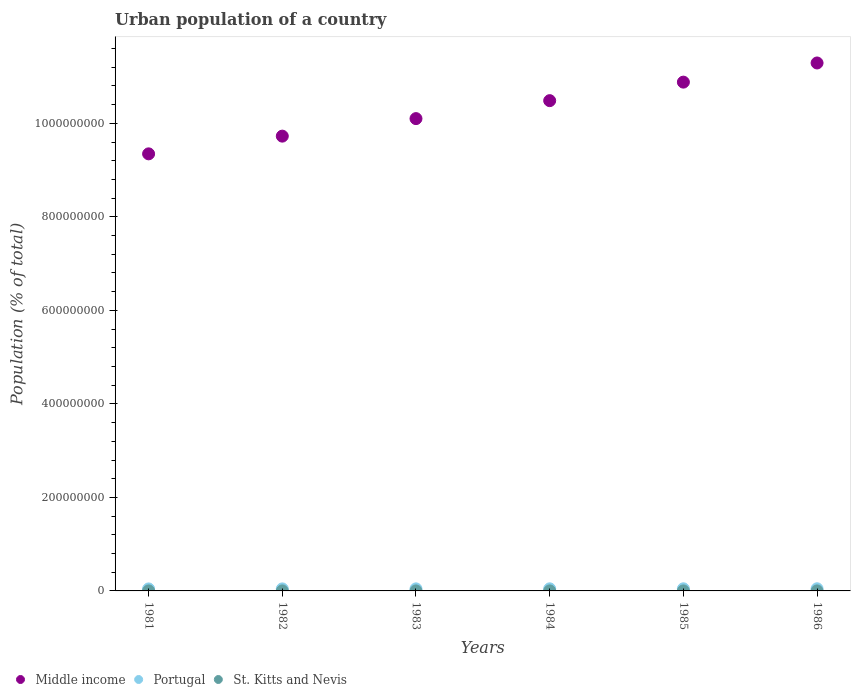
| Years | Middle income | Portugal | St. Kitts and Nevis |
 | --- | --- | --- | --- |
 | 1981 | 9.35e+08 | 4.26e+06 | 1.54e+04 |
 | 1982 | 9.73e+08 | 4.34e+06 | 1.52e+04 |
 | 1983 | 1.01e+09 | 4.41e+06 | 1.51e+04 |
 | 1984 | 1.05e+09 | 4.48e+06 | 1.5e+04 |
 | 1985 | 1.09e+09 | 4.54e+06 | 1.48e+04 |
 | 1986 | 1.13e+09 | 4.6e+06 | 1.46e+04 |